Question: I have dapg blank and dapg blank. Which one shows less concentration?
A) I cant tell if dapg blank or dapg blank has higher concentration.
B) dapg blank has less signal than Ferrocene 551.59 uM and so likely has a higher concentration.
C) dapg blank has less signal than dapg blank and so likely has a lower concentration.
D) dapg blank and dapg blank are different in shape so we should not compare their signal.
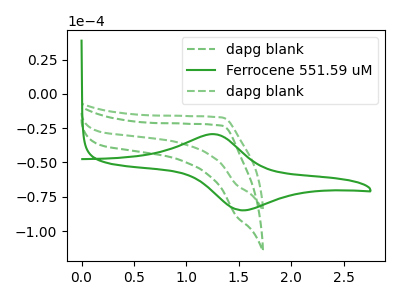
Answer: <think>The green dashed curve "dapg blank" has no peaks. The green curve "Ferrocene 551.59 uM" has an anodic peak at (1.25V, -29.35uA) and a cathodic peak at (1.55V, -84.85uA). The green dashed curve "dapg blank" has no peaks.
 Neither "dapg blank" or "dapg blank" have any peaks.</think>
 <answer>A) I cant tell if "dapg blank" or "dapg blank" has higher concentration.</answer>
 <eval>A</eval>